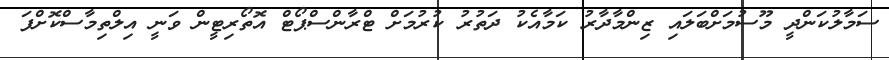
ސަމާލުކަންދީ މޫސުމަށްބަލައި ޒިންމާދާރު ކަމާއެކު ދަތުރު ކުރުމަށް ޓްރާންސްޕޯޓް އޮތޯރިޓީން ވަނީ އިލްތިމާސްކޮށްފަ